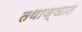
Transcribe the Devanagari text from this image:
तथाज्ञात